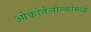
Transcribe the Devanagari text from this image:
ओकोतेलोल्कोमध्ये